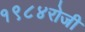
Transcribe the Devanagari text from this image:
१९८४रोजी